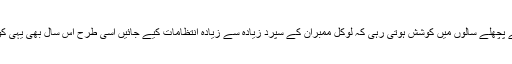
جیسے کے پچھلے سالوں میں کوشش ہوتی رہی کہ لوکل ممبران کے سپرد زیادہ سے زیادہ انتظامات کیے جائیں اسی طرح اس سال بھی یہی کوشش تھی۔